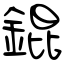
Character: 錕